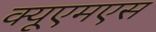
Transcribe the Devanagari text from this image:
क्यूएमएस